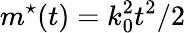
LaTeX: m^{\star}(t)=k_{0}^{2}t^{2}/2